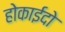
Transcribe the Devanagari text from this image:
होकाईदो